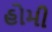
હોમી